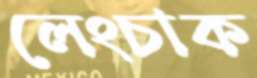
লেংচাক